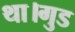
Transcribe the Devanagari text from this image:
था।गुड